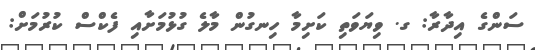
ސަންގެ އިދާރާ: ގ. ވިޔަވަތި ކަށިމާ ހިނގުން މާލެ ގުޅުމަށާއި ފެކްސް ކުރުމަށް: